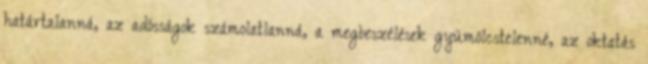
határtalanná, az adósságok számolatlanná, a megbeszélések gyümölcstelenné, az oktatás